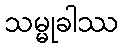
သမ္မုခါဿ